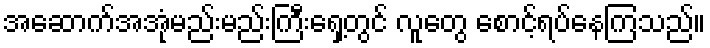
အဆောက်အအုံမည်းမည်းကြီးရှေ့တွင် လူတွေ စောင့်ရပ်နေကြသည်။